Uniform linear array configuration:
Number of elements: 4
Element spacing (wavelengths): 1
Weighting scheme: binomial
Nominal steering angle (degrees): -30
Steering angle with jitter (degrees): -28.666
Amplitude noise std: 0.05
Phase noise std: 0.05

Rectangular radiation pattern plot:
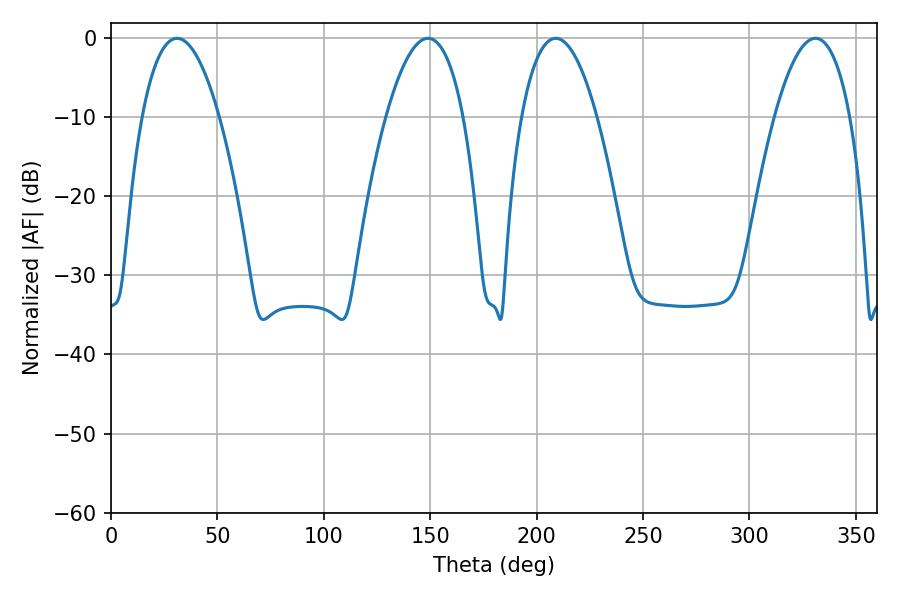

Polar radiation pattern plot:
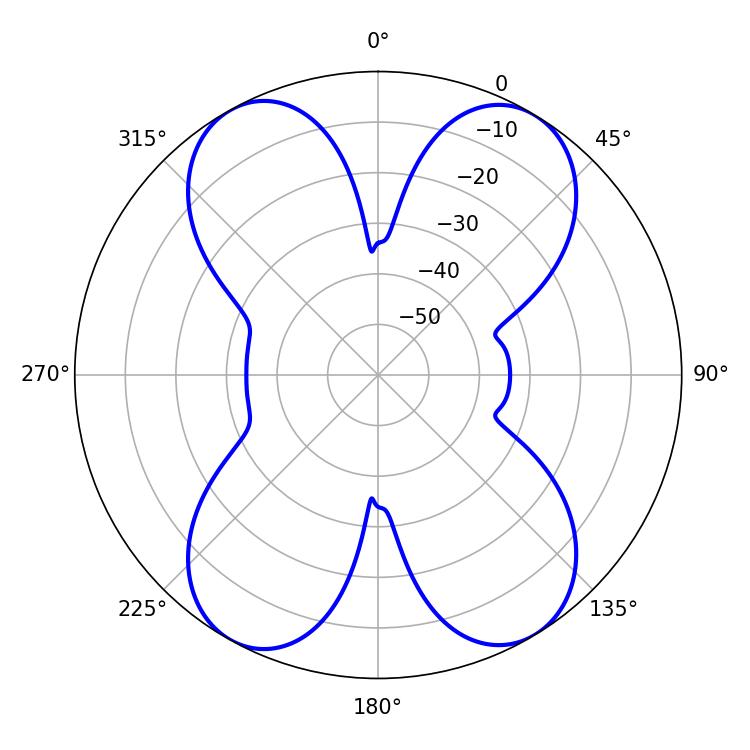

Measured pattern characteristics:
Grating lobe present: TRUE
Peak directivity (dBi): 18.119
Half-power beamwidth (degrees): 19.8
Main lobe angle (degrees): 208.98